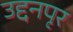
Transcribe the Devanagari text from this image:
उद्दनपृर